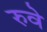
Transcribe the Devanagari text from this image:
रुवे